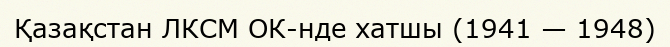
Қазақстан ЛКСМ ОК-нде хатшы (1941 — 1948)